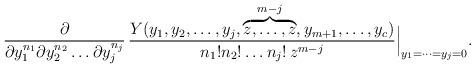
LaTeX: \begin{align*}\frac{\partial}{\partial y_1^{n_1}\partial y_2^{n_2}\dots \partial y_j^{n_j}} \, \frac{Y(y_1,y_2,\dots,y_j,\overbrace{z,\dots,z}^{m-j},y_{m+1},\dots,y_c)}{n_1!n_2!\dots n_j!\,z^{m-j}}\Big|_{y_1=\dots=y_j=0}.\end{align*}